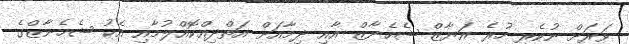
ވަރަށް ނުކެރި ހުރެ އަޔާޒް ޝެހެނާޒް އާއި ދިމާއަށް އަތްދިއްކޮއްލުމާއި އެކު ޝެހެނާޒްގެ